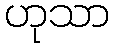
ဟုသာ